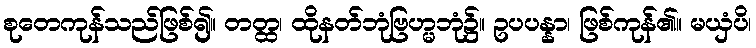
စုတေကုန်သည်ဖြစ်၍။ တတ္ထ၊ ထိုနတ်ဘုံဗြဟ္မဘုံ၌။ ဥပပန္နာ၊ ဖြစ်ကုန်၏။ မယှံပိ၊